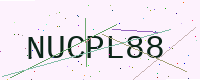
Text: NUCPL88